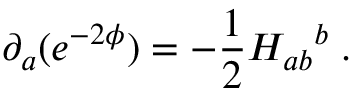
\partial _ { a } ( e ^ { - 2 \phi } ) = - \frac { 1 } { 2 } { H _ { a b } } ^ { b } \; .